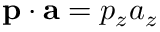
\mathbf { p } \cdot \mathbf { a } = p _ { z } a _ { z }